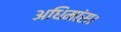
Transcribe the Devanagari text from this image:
अधिमांस।